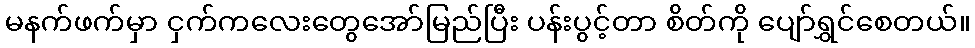
မနက်ဖက်မှာ ငှက်ကလေးတွေအော်မြည်ပြီး ပန်းပွင့်တာ စိတ်ကို ပျော်ရွှင်စေတယ်။